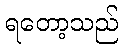
ရတော့သည်